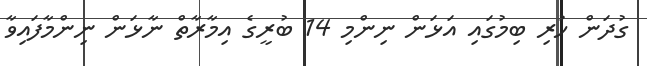
ގުދަން ހުރި ބިމުގައި އަޅަން ނިންމި 14 ބުރީގެ އިމާރާތް ނާޅަން ނިންމާފައިވާ